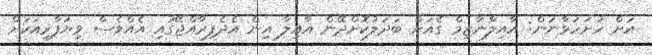
އަށް ހުށަހަޅާނަން: އާއިލާނާޒިމް ގެއަށް ބަދަލުކޮށްދޭން އާއިލާ އިން އެދެފިރާއްޖޭގައި އެއްވެސް ވިޔަފާރިއަކަށް